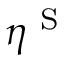
\eta ^ { \mathrm { ~ S ~ } }